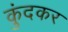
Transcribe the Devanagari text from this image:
कुंदकर